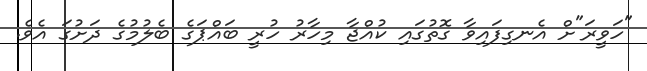
"ހަވީރަ"ށް އެނގިފައިވާ ގޮތުގައި ކުއްޖާ މިހާރު ހުރީ ބައްޕަގެ ބެލުމުގެ ދަށުގަ އެވެ.